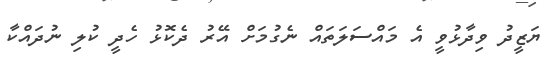
ޔަޒީދު ވިދާޅުވީ އެ މައްސަލަތައް ނެގުމަށް އޭރު ދެކޮޅު ހެދީ ކުލި ނުދައްކާ